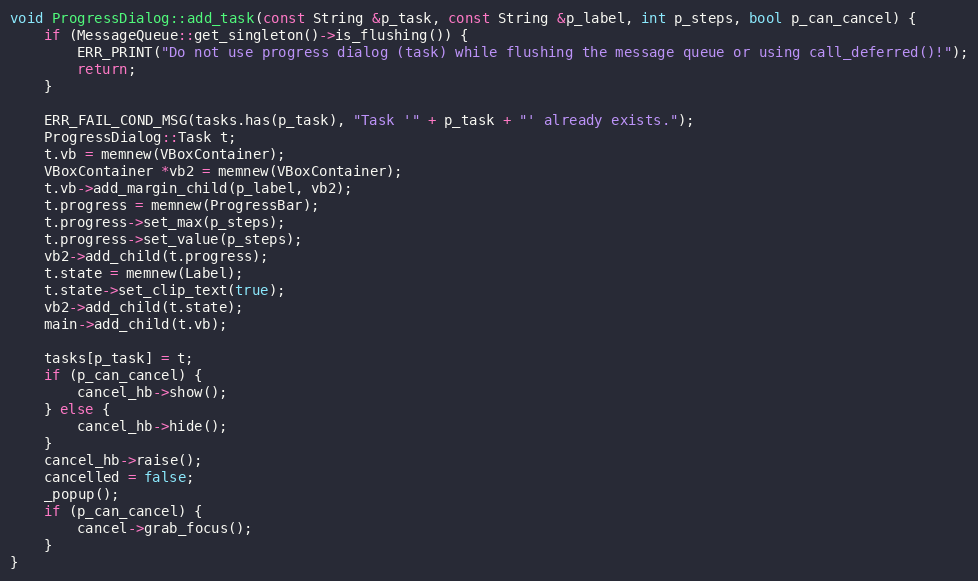
Language: C++
void ProgressDialog::add_task(const String &p_task, const String &p_label, int p_steps, bool p_can_cancel) {
	if (MessageQueue::get_singleton()->is_flushing()) {
		ERR_PRINT("Do not use progress dialog (task) while flushing the message queue or using call_deferred()!");
		return;
	}

	ERR_FAIL_COND_MSG(tasks.has(p_task), "Task '" + p_task + "' already exists.");
	ProgressDialog::Task t;
	t.vb = memnew(VBoxContainer);
	VBoxContainer *vb2 = memnew(VBoxContainer);
	t.vb->add_margin_child(p_label, vb2);
	t.progress = memnew(ProgressBar);
	t.progress->set_max(p_steps);
	t.progress->set_value(p_steps);
	vb2->add_child(t.progress);
	t.state = memnew(Label);
	t.state->set_clip_text(true);
	vb2->add_child(t.state);
	main->add_child(t.vb);

	tasks[p_task] = t;
	if (p_can_cancel) {
		cancel_hb->show();
	} else {
		cancel_hb->hide();
	}
	cancel_hb->raise();
	cancelled = false;
	_popup();
	if (p_can_cancel) {
		cancel->grab_focus();
	}
}